King Institute of Preventive Medicine Bacteriolog. Section reports 1907-08
Year: 1907
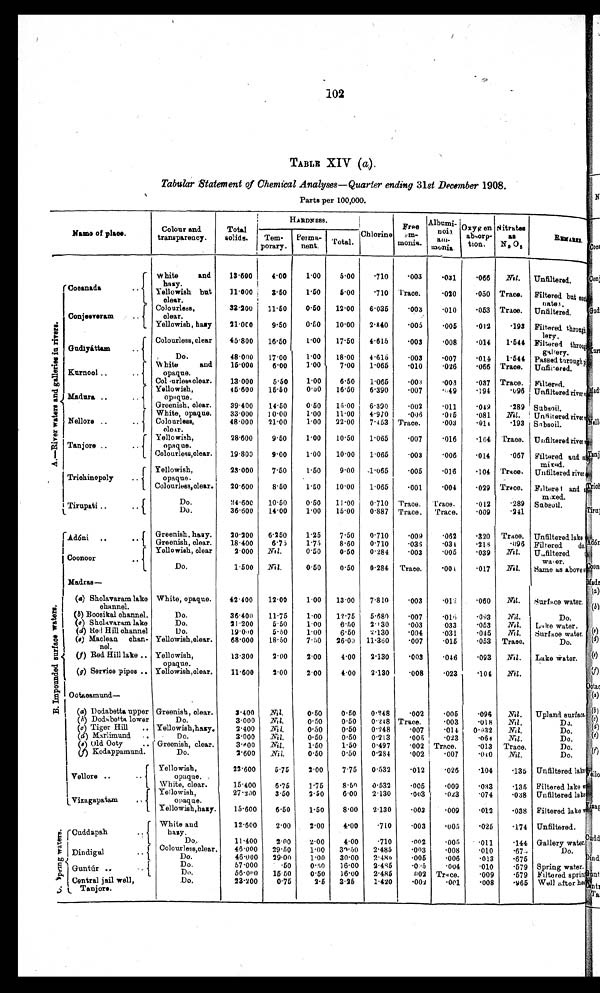
102
TABLE XIV ( a).
Tabular Statement of Chemical Analyses — Quarter ending 31st December 1908.
Parts per 100,000.
Name of place.
Colour an
d
transparency.
Total
solids.
HARDNESS.
Chlorine Free
em-
monia.
Albumi
-
noid am-
monia.
Oxyge
n
absorp-
tion.
Nitrates
as
N2O5
R E M A R K S .
Tem
-
porary.
Perma -
nent. Total.
A . — R i v e r w a t e r s a n d g a l l e r i e s i n r i v e r s .
Cocanada ..
White and
hazy.
13.600
4.00
1.00
5.00 .710 .003
.031
. 0 6 6 Nil. Unfiltered.
3.50
1.50
.020
. 0 5 0 Trace.
.710 Trace.
Filtered but
nates.
5.00
Yellowish but
clear.
11.000
0.50
11.50
12.00 6.035
.003
33.200
. 0 1 0
. 0 5 3 Trace.
Colourless,
clear.
Unfiltered.
Conjeeveram ..
21.000
9.50
0.50
.005
. 0 1 2 .193 Filtered through
lery.
2.840 .005
10.00
Yellowish, hazy
4.615
.008
. 0 1 4
Colourless,clear
45.800
16.50
1.00 17.50
. 0 0 3
1.544
Gudiyáttam ..
Filtered throug
h gallery.
.007
. 0 1 4
Do.
48.000 17.00
4.615
1.544
1.00 18.00
.003
Passed through
1.00
7.00 1.065
. 0 1 0
. 0 2 6
. 0 6 6 Trace. Unfiltered.
White and
opaque.
15.000
6.00
Kurnool
13.000
5.50
1.00
6.50 1.065
. 0 3 7 Trace. Filtered.
. 0 0 3
. 0 0 3
Colourless clear.
15.50
0.50 16.50 6.390 .007
.049
. 1 9 4 .096 Unfiltered river
Madura ..
Yellowish,
opaque.
45.600
15.00
. 0 4 9
. 2 8 9 Subsoil.
14.50
0.50
6.390
39.400
. 0 0 2
.011
Greenish, clear.
Nil.
10.00
1.00 11.00 4.970
. 0 0 6
.015
. 0 8 1
Unfiltered river
Subsoil.
White, opaque. 33.000
Nellore .. ..
.003
.193
1.00 22.00 7.453
.014
Colourless,
clear.
48.000 21.00
Trace.
1.00 10.50 1.065
.016
.104 Trace. Unfiltered river
.007
28.600
9 . 5 0
Tanjore
..
Yellowish,
opaque.
.006
. 0 1 4 .067 Filtered and
mixed.
19.800
1.00 10.00
9.00
1.065
. 0 0 3
Colourlese, clear.
7.50
9.00 1.065
.016
.104 Trace.
Yellowish,
opaque.
23.000
1.50
. 0 0 5
Trichinopoly ..
Unfiltered river
8.50
1.065
. 0 2 9 Trace.
20.600
1.50 10.00
.001 .004
Filtered and
mixed.
Colourless, clear.
Trace.
T r a c e .
. 0 1 2 .289
Do.
24.600
0.50 11.00 0.710
10.50
Tirupati
..
Subsoil.
Do.
36.600 14.00
1.00 15.00 0.887 Trace. Trace.
.009
.241
Trace. Unfiltered lake
7.50 0.710
. 0 0 9
.062
.320
B . I m p o u n d e d s u r f a c e w a t e r s .
Adόni ..
6.250
1.25
Greenish, hazy.
20.200
8.60 0.710
. 0 3 6
.034
. 2 1 8 .096 Filtered do.
Greenish, clear.
18.400
6.75
1.75
0.50
0.284
. 0 0 3
. 0 0 5
. 0 3 9 Nil. Unfiltered
water.
Yellowish, clear
2.000 N i l .
0.50
Coonoor
. .
Do.
1.500 Nil.
0.50 0.284
Nil.
0.50
Trace.
. 0 0 4
. 0 1 7
Same as above
Madras—
Nil.
. 0 6 0
Surface water.
7.810
.012
(a) Sholavaram lake
channel
White, opaque. 42.400 12.00
1.00 13.00
. 0 0 3
. 0 0 7
.093 Nil.
Do.
.016
Do.
36.400 11.75
1.00 12.75 5.680
(b) Boosikal channel.
Nil.
. 0 5 3
(c) Sholavaram. lake
Do.
21.200
5.50
1.00
6.50 2.130
. 0 0 3
. 0 3 3
Lake water.
Nil.
(d) Red Hill channel
Do.
19.000
1.00
6.50
2 . 1 3 0
. 0 0 4
.031
. 0 1 5
Surface water.
5.50
. 0 1 5 .053 Trace.
7.50 26.00 11.360 .007
Do.
(e) Maclean chan-
nel.
Yellowish, clear. 68.000 18.50
4.00 2.130
. 0 0 3
Nil.
2.00
2.00
. 0 4 6
. 0 9 3
Lake water.
Yellowish,
opaque.
13.300
(f) Red Hill lake ..
11.600 2.00
2.00
2.130
. 0 0 8
. 1 0 4 Nil.
4.00
. 0 2 3
(g) Service pipes .. Yellowish, clear.
Ootacamund—
Nil.
. 0 9 6
Upland surface.
0.50
. 0 0 5
3.400
0.248
. 0 0 2
Greenish, clear.
0.50
( a) Dodabetta upper
Nil.
. 0 1 8 Nil.
Do.
(b) Dodabetta lower
Do.
3.000
N i l .
0.50
0.50 0.248 Trace.
. 0 0 3
Nil.
Yellowish, hazy.
2.400 N i l .
0.50
0.50 0.248
. 0 0 7 .014
0 . 9 3 2
Do.
(c) Tiger Hill ..
Nil.
0.50
0.50 0.213
. 0 0 5
. 0 2 3 .064 Nil.
Do.
(d) Marlimund ..
Do.
3.000
3.600
1.50 0.497
Trace.
Do.
Greenish, clear.
1.50
. 0 0 2 Trace.
. 0 1 3
(e) Old Ooty ..
Nil.
2.600
0.50
0.284
. 0 0 2
. 0 0 7 .040 Nil.
Do.
(f) Kodappamund.
Do.
Nil.
0.50
2.00
7.75
. 1 0 4
. 1 3 5
Vellore ..
..
22.600
5.75
0.532
. 0 1 2
. 0 2 6
Unfiltered lake
Yellowish,
opaque. .
. 0 3 3
. 1 3 5 Filtered lake
15.400 6.75
8.50 0.532
.005
. 0 0 9
1.75
White, clear.
Vizagapatam
..
6.00
. 0 7 4
2.50
2.130
. 0 0 3 .023
.038 Unfiltered lake
Yellowish,
opaque.
27.200 3.50
8.00 2.130
.009
Filtered lake
15.600
6.50
. 0 0 3
. 0 1 2 .038
1.50
Yellowish, hazy.
Unfiltered.
C . S p r i n g w a t e r s .
Cuddapah
2.00
2.00
4.00
. 7 1 0
. 0 0 3
. 0 0 5 .025 .174
White and
hazy.
12.600
.710
.002
. 0 0 5
. 0 1 1
. 1 4 4 Gallery water.
11.400
2.00
2.00
4.00
Do.
1 . 0 0
30.50
2 . 4 8 5
. 0 0 3
.008
.010
.675
Do.
Dindigul
.. Colourless, clear.
4 6 . 0 0 0
2 9 . 5 0
2.486
.005
Do.
46.000 29.00
1 . 0 0
3 0 . 0 0
. 0 0 6
. 0 1 3
. 6 7 5
Guntúr ..
Do.
57.000
.50
2.485
..005
.004
. 0 1 0
.579 Spring water.
0 . 5 0 16.00
Do.
56.000 15.50
. 0 0 2 Trace.
. 0 0 9
.579 Filtered spring
0 . 5 0 16.00 2.485
. 0 0 2
. 0 0 1 .008
Well after her
Central jail well,
Tanjore.
Do.
23.200
0.75
2.5 3.25
1.420
. 9 6 5